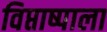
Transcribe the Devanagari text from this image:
विप्ताष्पाला